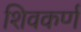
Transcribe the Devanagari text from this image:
शिवकर्ण